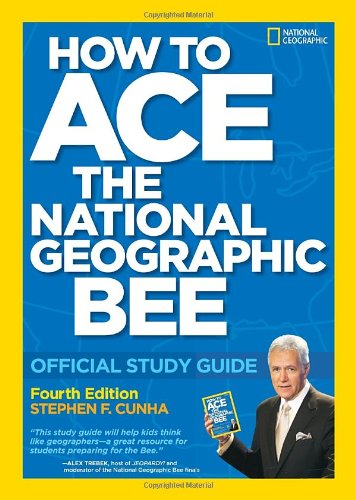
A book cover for How to Ace the National Geographic Bee: Official Study Guide 4th edition; Stephen F. Cunha; Children's Books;